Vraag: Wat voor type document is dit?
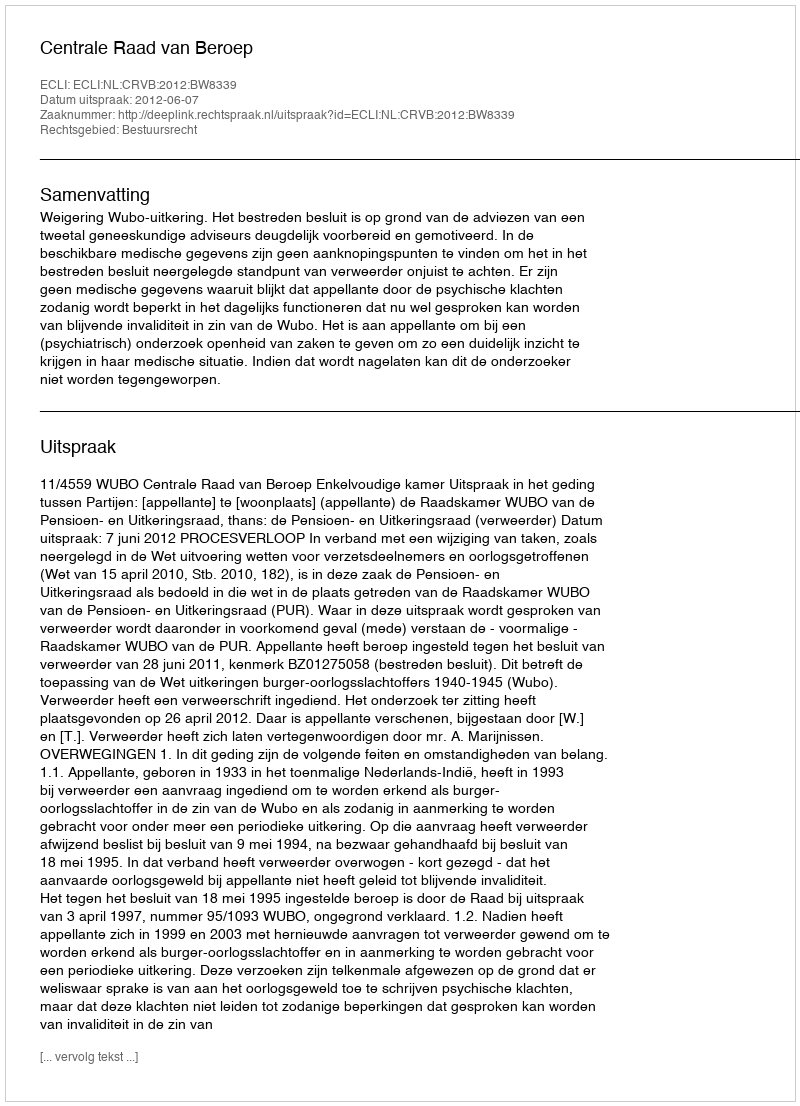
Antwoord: Uitspraak